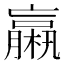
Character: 𣜄